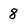
Character: 8